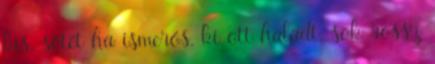
kis, sötét ha ismerős, ki ott haladt. sok rossz